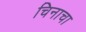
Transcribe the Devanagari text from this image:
चिनाचा